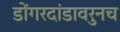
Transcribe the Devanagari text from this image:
डोंगरदांडावरुनच